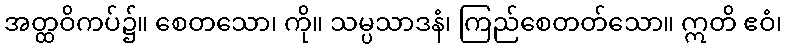
အတ္ထဝိကပ်၌။ စေတသော၊ ကို။ သမ္ပသာဒနံ၊ ကြည်စေတတ်သော။ ဣတိ ဧဝံ၊